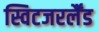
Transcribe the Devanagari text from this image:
स्विटजरर्लैंड